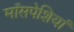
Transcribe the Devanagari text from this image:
माँसपेशियां